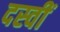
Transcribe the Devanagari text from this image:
दस्वीं